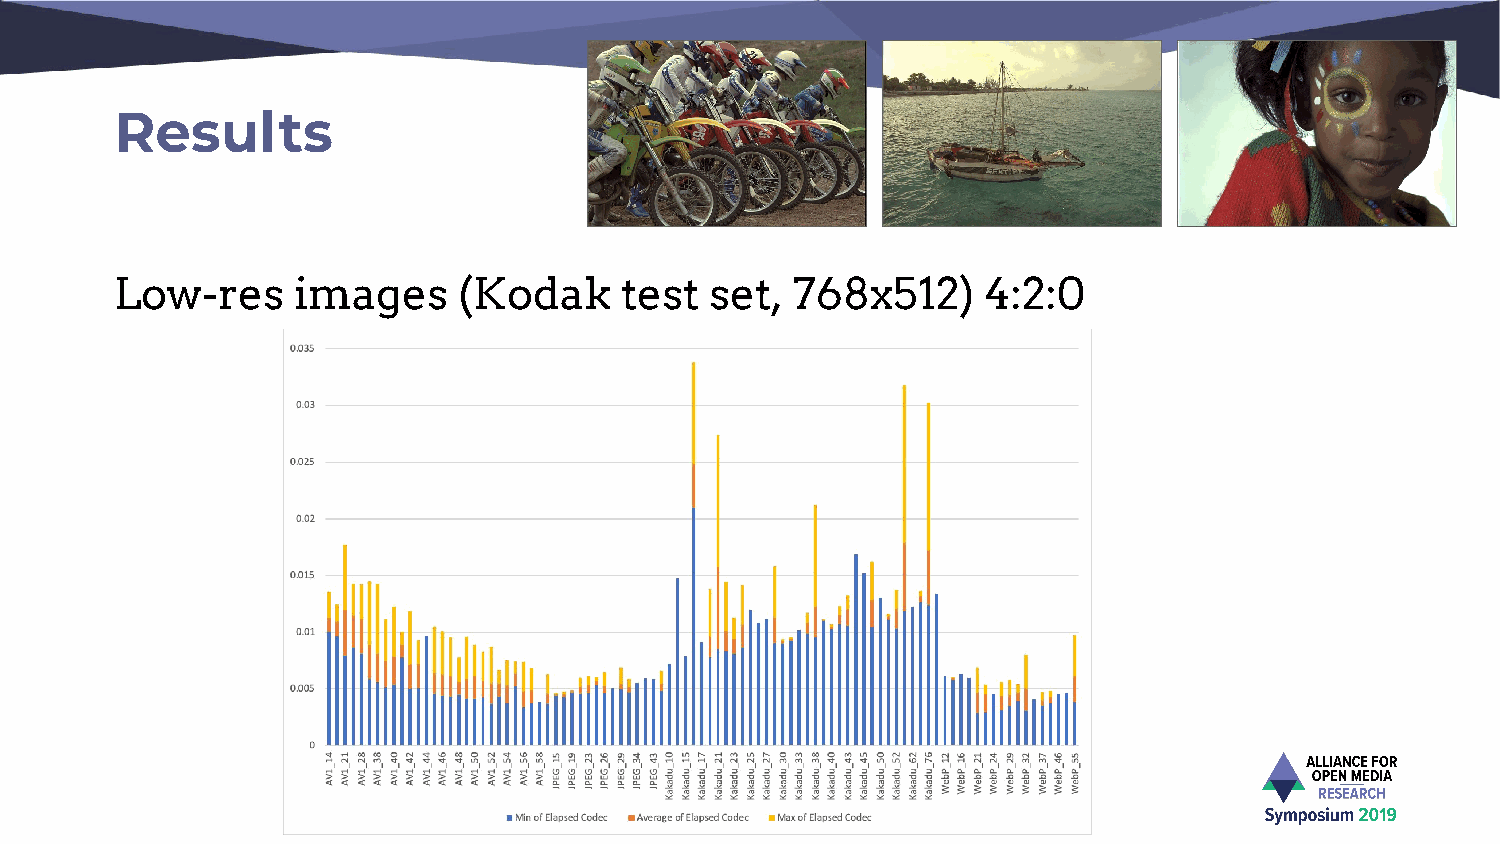
Results
 Low-res     images    (Kodak     test  set,  768x512)    4:2:0